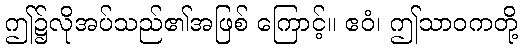
ဤ၌လိုအပ်သည်၏အဖြစ် ကြောင့်။ ဧဝံ၊ ဤသာဝကတို့